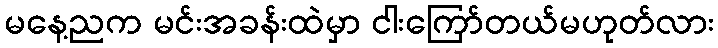
မနေ့ညက မင်းအခန်းထဲမှာ ငါးကြော်တယ်မဟုတ်လား